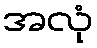
အလုံ